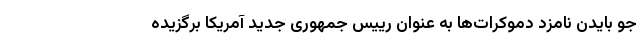
جو بایدن نامزد دموکرات‌ها به عنوان رییس جمهوری جدید آمریکا برگزیده